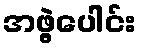
အဖွဲ့ပေါင်း